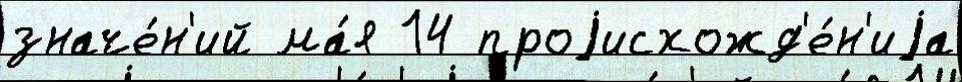
значе́н'ий ма́я 14 проjисхожд'е́н'иjа